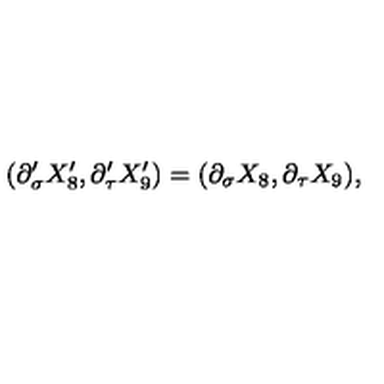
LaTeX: ( \partial _ { \sigma } ^ { \prime } X _ { 8 } ^ { \prime } , \partial _ { \tau } ^ { \prime } X _ { 9 } ^ { \prime } ) = ( \partial _ { \sigma } X _ { 8 } , \partial _ { \tau } X _ { 9 } ) ,